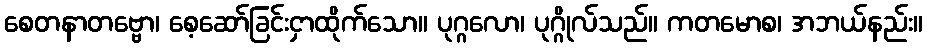
စေတနာတဗ္ဗော၊ စေ့ဆော်ခြင်းငှာထိုက်သော။ ပုဂ္ဂလော၊ ပုဂ္ဂိုလ်သည်။ ကတမောစ၊ အဘယ်နည်း။